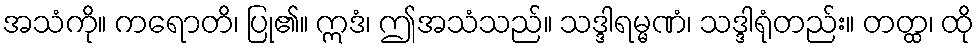
အသံကို။ ကရောတိ၊ ပြု၏။ ဣဒံ၊ ဤအသံသည်။ သဒ္ဒါရမ္မဏံ၊ သဒ္ဒါရုံတည်း။ တတ္ထ၊ ထို